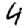
Digit: 4